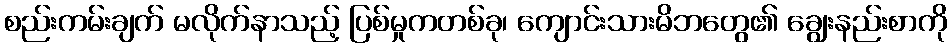
စည်းကမ်းချက် မလိုက်နာသည့် ပြစ်မှုကတစ်ခု၊ ကျောင်းသားမိဘတွေ၏ ချွေးနည်းစာကို